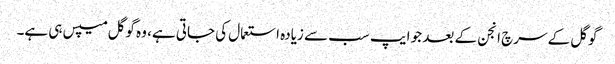
گوگل کے سرچ انجن کے بعد جو ایپ سب سے زیادہ استعمال کی جاتی ہے، وہ گوگل میپس ہی ہے۔